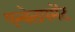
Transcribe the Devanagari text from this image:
एन्वेलपमेंट